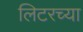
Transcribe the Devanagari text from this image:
लिटरच्या